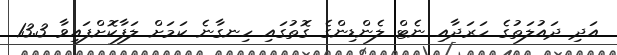
އަދި ދައުލަތުގެ ހަރަދާއި ނެޓް ލެންޑިންގެ ގޮތުގައި ހިނގާނެ ކަމަށް ލަފާކޮށްފައިވާ 13.3